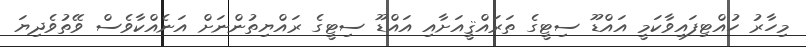
މިހާރު ހުއްޓިފައިވާކަމީ އައްޑޫ ސިޓީގެ ތަރައްޤީއަށާއި އައްޑޫ ސިޓީގެ ރައްޔިތުންނަށް އަނެއްކާވެސް ވޭތުވެދިޔަ